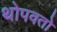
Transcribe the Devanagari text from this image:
थोपवतो